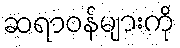
ဆရာဝန်များကို